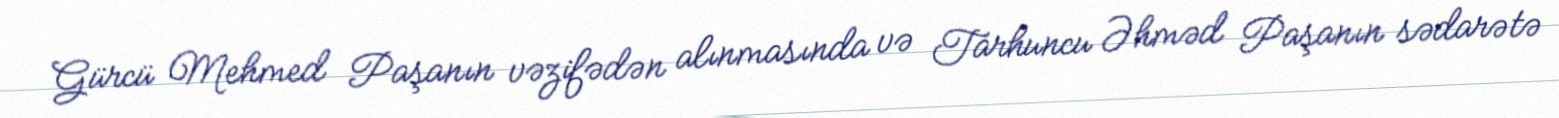
Gürcü Mehmed Paşanın vəzifədən alınmasında və Tarhuncu Əhməd Paşanın sədarətə